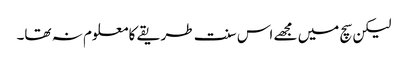
لیکن سچ میں مجھے اس سنت طریقے کا معلوم نہ تھا۔